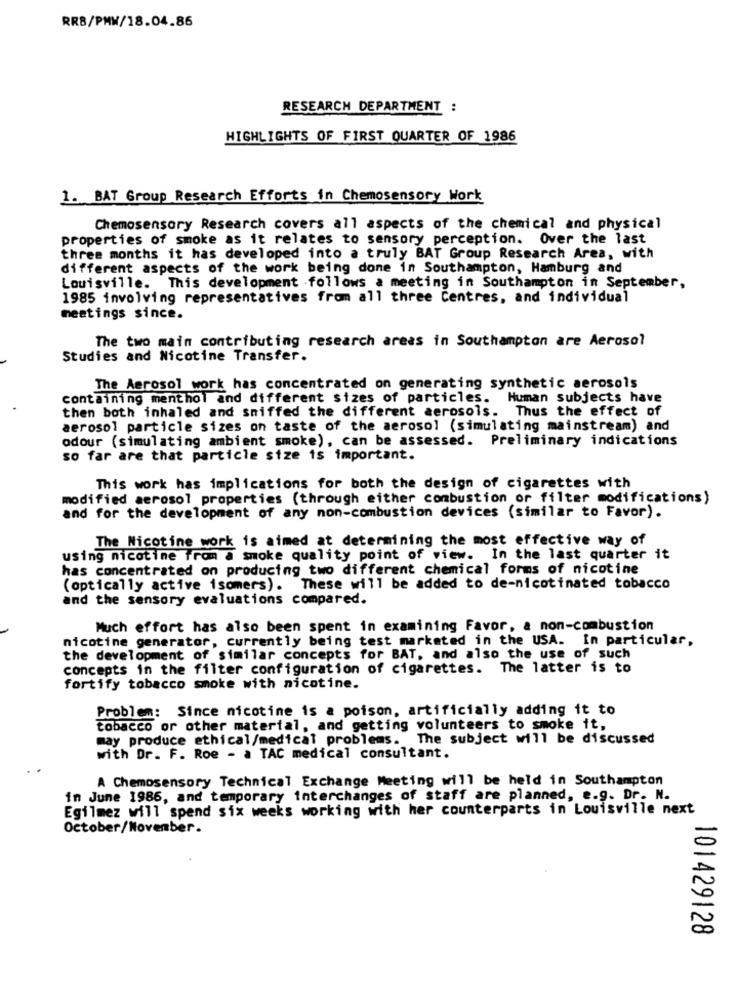
RR8/PMW/18.04.86
RESEARCH DEPARTMENT :
HIGHLIGHTS OF FIRST QUARTER OF 1986
1. BAT Group Research Efforts in Chemosensory Work
Chemosensory Research covers all aspects of the chemical and physical
properties of smoke as it relates to sensory perception. Over the last
three months it has developed into a truly BAT Group Research Area, with
different aspects of the work being done in Southampton, Hamburg and
Louisville. This development .follows a meeting in Southampton in September,
1985 involving representatives from all three Centres, and individual
meetings since.
The two main contributing research areas in Southampton are Aerosol
Studies and Nicotine Transfer.
The Aerosol work has concentrated on generating synthetic aerosols
containing menthol and different sizes of particles. Human subjects have
then both inhaled and sniffed the different aerosols. Thus the effect of
aerosol particle sizes on taste of the aerosol (simulating mainstream) and
odour (simulating ambient smoke), can be assessed. Preliminary indications
so far are that particle size is important.
This work has implications for both the design of cigarettes with
modified aerosol properties (through either combustion or filter modifications)
and for the development of any non-combustion devices (similar to Favor).
The Nicotine work is aimed at determining the most effective way of
using nicotine from a smoke quality point of view. In the last quarter it
has concentrated on producing two different chemical forms of nicotine
(optically active isomers). These will be added to de-nicotinated tobacco
and the sensory evaluations compared.
Much effort has also been spent in examining Favor, a non-combustion
nicotine generator, currently being test marketed in the USA. In particular,
the development of similar concepts for BAT, and also the use of such
concepts in the filter configuration of cigarettes. The latter is to
fortify tobacco smoke with nicotine.
Problem: Since nicotine is a poison, artificially adding it to
tobacco or other material, and getting volunteers to smoke it,
may produce ethical/medical problems. The subject will be discussed
with Dr. F. Roe - a TAC medical consultant.
A Chemosensory Technical Exchange Meeting will be held in Southampton
in June 1986, and temporary interchanges of staff are planned, e.g. Dr. N.
Egilmez will spend six weeks working with her counterparts in Louisville next
October/November.
101429128